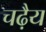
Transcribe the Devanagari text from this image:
चढ़ैय